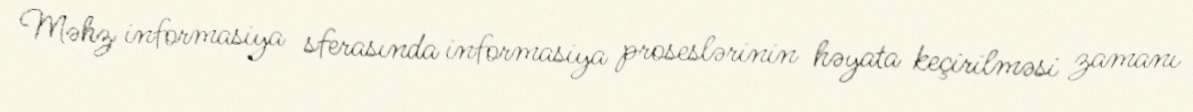
Məhz informasiya sferasında informasiya proseslərinin həyata keçirilməsi zamanı